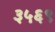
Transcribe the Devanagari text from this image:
३५६९